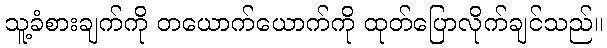
သူ့ခံစားချက်ကို တယောက်ယောက်ကို ထုတ်ပြောလိုက်ချင်သည်။